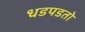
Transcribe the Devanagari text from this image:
धडपडतो